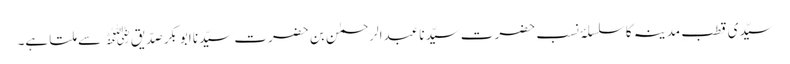
سیّدی قطبِ مدینہ کا سلسلۂ نسب حضرت سیّدنا عبدالرحمٰن بن حضرت سیّدنا ابوبکر صدّیق﷜ سے ملتا ہے۔